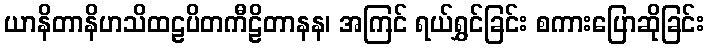
ယာနိတာနိဟသိထဠပိတကီဠိတာနန၊ အကြင် ရယ်ရွှင်ခြင်း စကားပြောဆိုခြင်း